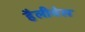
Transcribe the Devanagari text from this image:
हैलीवेल